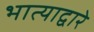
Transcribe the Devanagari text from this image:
भात्याद्वारे